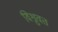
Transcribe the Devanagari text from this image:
विश्रुवत